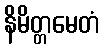
နိမိတ္တမေတံ